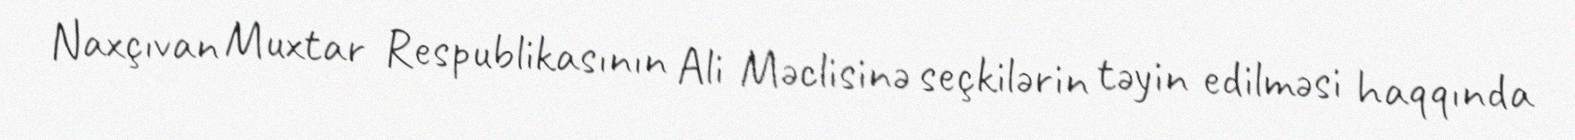
Naxçıvan Muxtar Respublikasının Ali Məclisinə seçkilərin təyin edilməsi haqqında